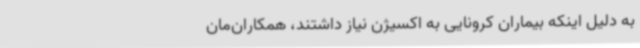
به دلیل اینکه بیماران کرونایی به اکسیژن نیاز داشتند، همکاران‌مان